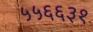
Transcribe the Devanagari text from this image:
५५६६३१